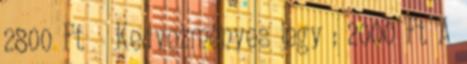
2800 Ft ǀ Kedvezményes jegy : 2000 Ft A